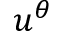
u ^ { \theta }